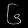
Digit: ၆